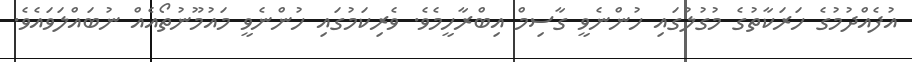
އުފެއްދުމުގެ ހަރަކާތުގެ މުގުލުގައި ހުންނެވީ ގާސިމް އިބްރާހީމެވެ. ވެރިކަމުގައި ހުންނެވީ މައުމޫނުތޯއެއް ނުބައްލަވައެވެ.